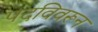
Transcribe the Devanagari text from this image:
पदविवरून